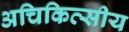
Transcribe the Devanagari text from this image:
अचिकित्सीय